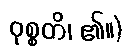
ဝုစ္စတိ၊ ၏။)